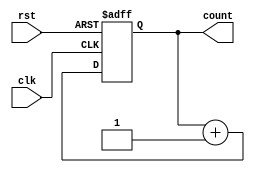
module cascaded_counter(
    input clk,
    input rst,
    output reg [7:0] count
);

reg [3:0] counter1;
reg [3:0] counter2;

always @(posedge clk or posedge rst) begin
    if (rst) begin
        counter1 <= 4'b0000;
        counter2 <= 4'b0000;
        count <= 8'b00000000;
    end else begin
        if (counter1 == 4'b1001) begin
            counter1 <= 4'b0000;
            counter2 <= counter2 + 1;
            count <= count + 1;
        end else begin
            counter1 <= counter1 + 1;
            count <= count + 1;
        end
    end
end

endmodule